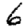
Digit: 6